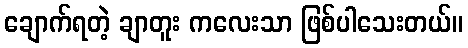
ချောက်ရတဲ့ ချာတူး ကလေးသာ ဖြစ်ပါသေးတယ်။